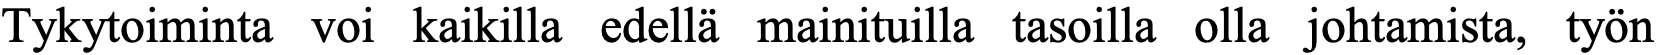
Tykytoiminta voi kaikilla edellä mainituilla tasoilla olla johtamista, työn